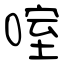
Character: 㗌